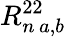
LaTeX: R_{n\, a,b}^{22}